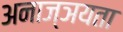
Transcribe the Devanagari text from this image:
अनाज्ञयता